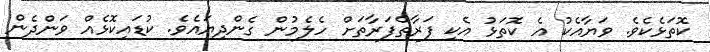
ކޮތަޅެކެވެ. ވަޔާއެކު އެ ކޮތަޅު އެކި ފަރާތްފަރާތަށް ހެލެމުން ގެންދިޔައެވެ. ކުޑައިކޮޅެއް ވަންދެން